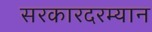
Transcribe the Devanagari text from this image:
सरकारदरम्यान